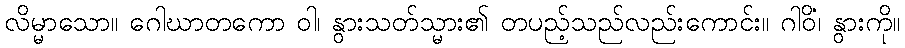
လိမ္မာသော။ ဂေါဃာတကော ဝါ၊ နွားသတ်သ္မား၏ တပည့်သည်လည်းကောင်း။ ဂါဝိံ၊ နွားကို။